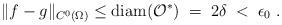
LaTeX: \begin{align*} \|f-g\|_{C^0(\Omega)}\leq \mathrm{diam}(\mathcal{O}^*)\;=\;2\delta\;<\;\epsilon_0\ . \end{align*}